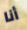
أنا